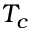
T _ { c }